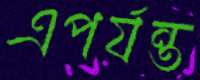
এপর্যন্ত